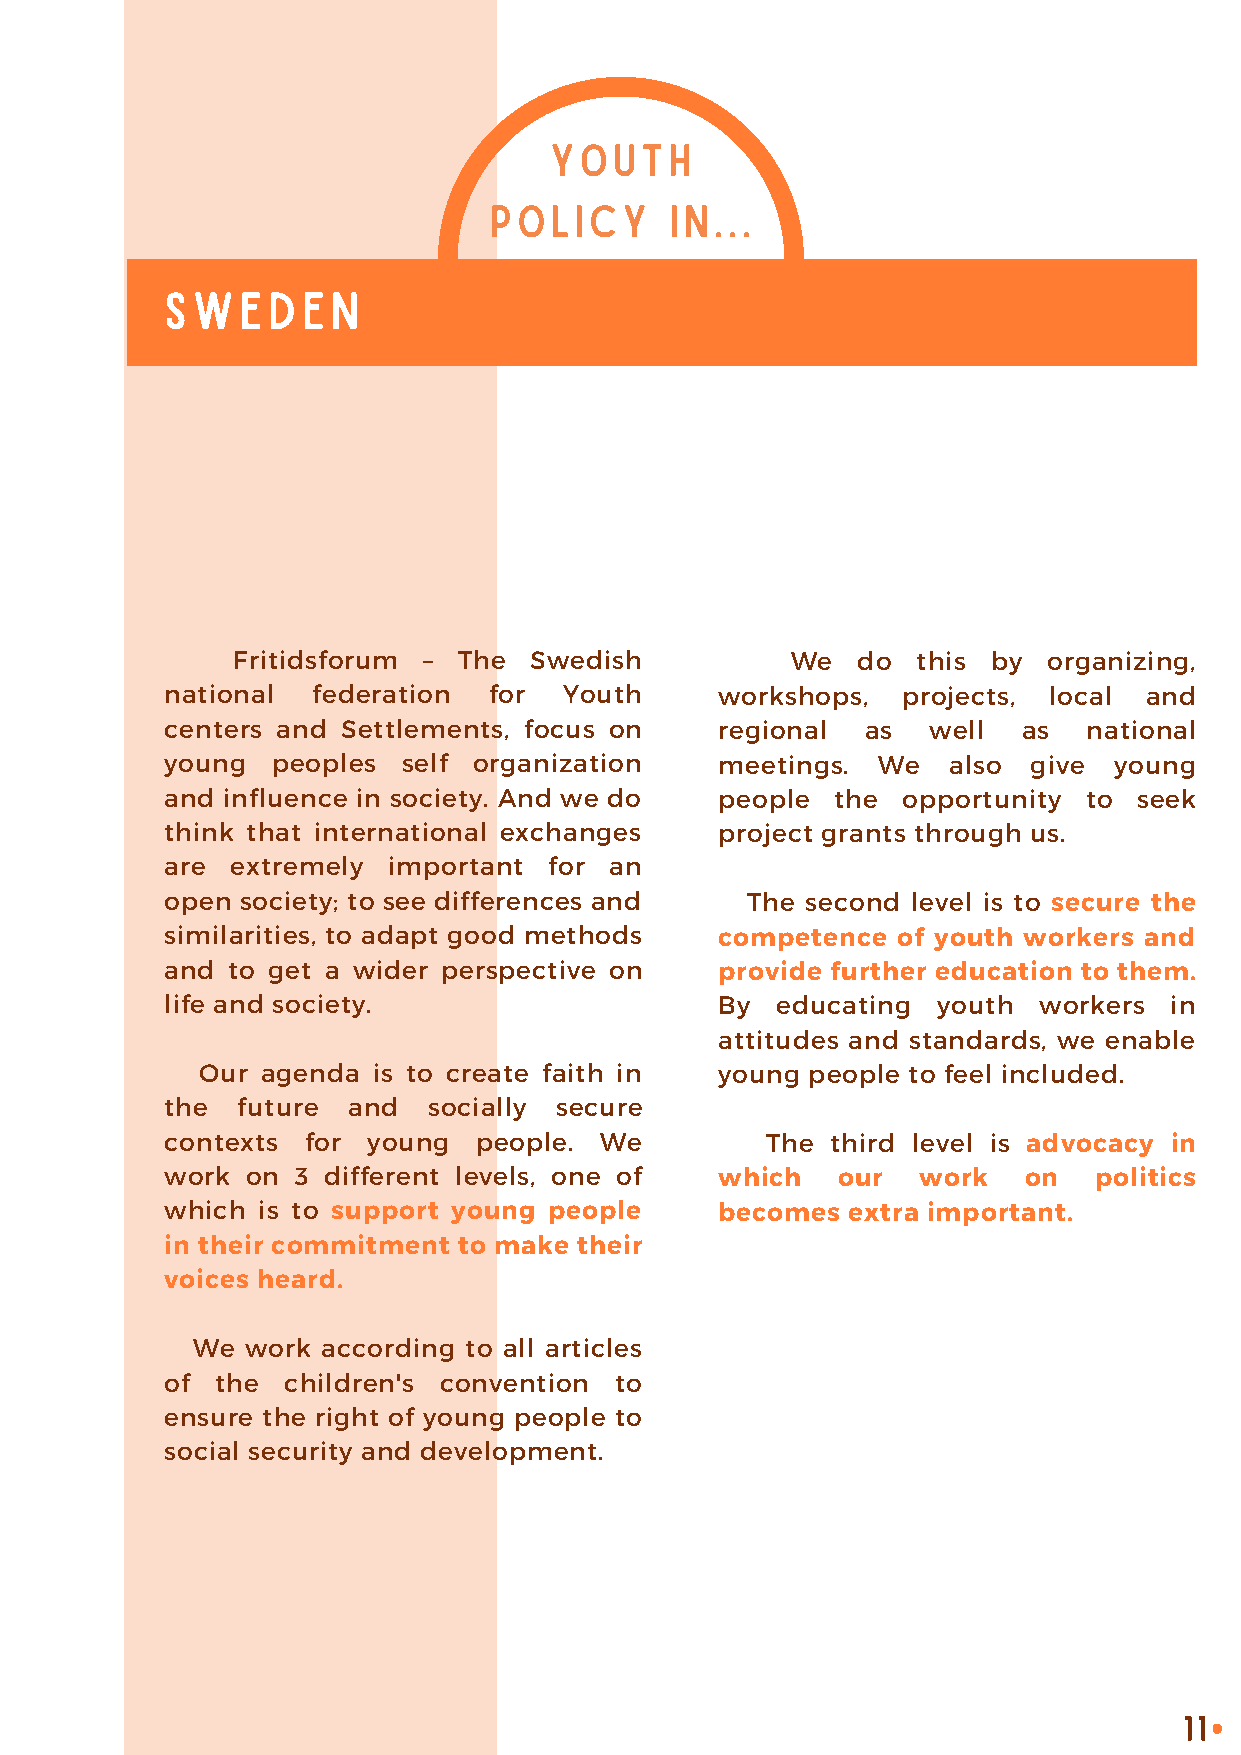
YOUTH
 POLICY      IN...
 SWEDEN
 Fritidsforum – The  Swedish          We   do  this by organizing,
 national  federation for  Youth      workshops,  projects, local and
 centers and Settlements, focus on    regional as   well  as  national
 young  peoples  self organization    meetings. We   also give  young
 and influence in society. And we do  people the  opportunity to seek
 think that international exchanges   project grants through us.
 are extremely  important for an
 open society; to see differences and  The second level is to secure the
 similarities, to adapt good methods  competence of youth workers and
 and to get a wider perspective on    provide further education to them.
 life and society.                    By educating  youth  workers in
 attitudes and standards, we enable
 Our agenda  is to create faith in  young people to feel included.
 the  future and  socially secure
 contexts for young  people.  We         The third level is advocacy in
 work on  3 different levels, one of  which  our   work   on  politics
 which is to support young people     becomes extra important.
 in their commitment to make their
 voices heard.
 We work according to all articles
 of the  children's convention to
 ensure the right of young people to
 social security and development.
 11
 •